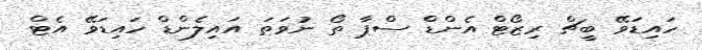
ހައިޑަވޭ ބީޗް ރިޒޯޓް އެންޑް ސްޕާ ތޯ ނުވަތަ އައިލެންޑް ހައިޑަވޭ އެޓް